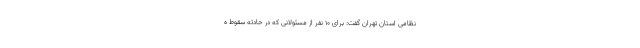
نظامی استان تهران گفت: برای ۱۰ نفر از مسئولانی که در حادثه سقوط ه